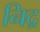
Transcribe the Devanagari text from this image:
निद्र